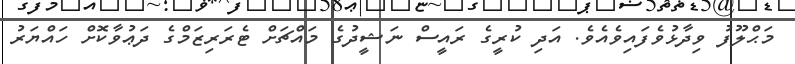
މަޙްލޫފު ވިދާޅުވެފައިވެއެވެ. އަދި ކުރީގެ ރައީސް ނަޝީދުގެ މައްޗަށް ޓެރަރިޒަމްގެ ދަޢުވާކޮށް ހައްޔަރު